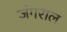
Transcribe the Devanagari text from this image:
जंगराल